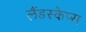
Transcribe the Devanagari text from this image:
लैंडस्केप्स